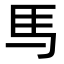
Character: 𫠉